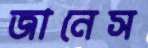
জানেস